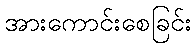
အားကောင်းစေခြင်း